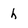
Character: h